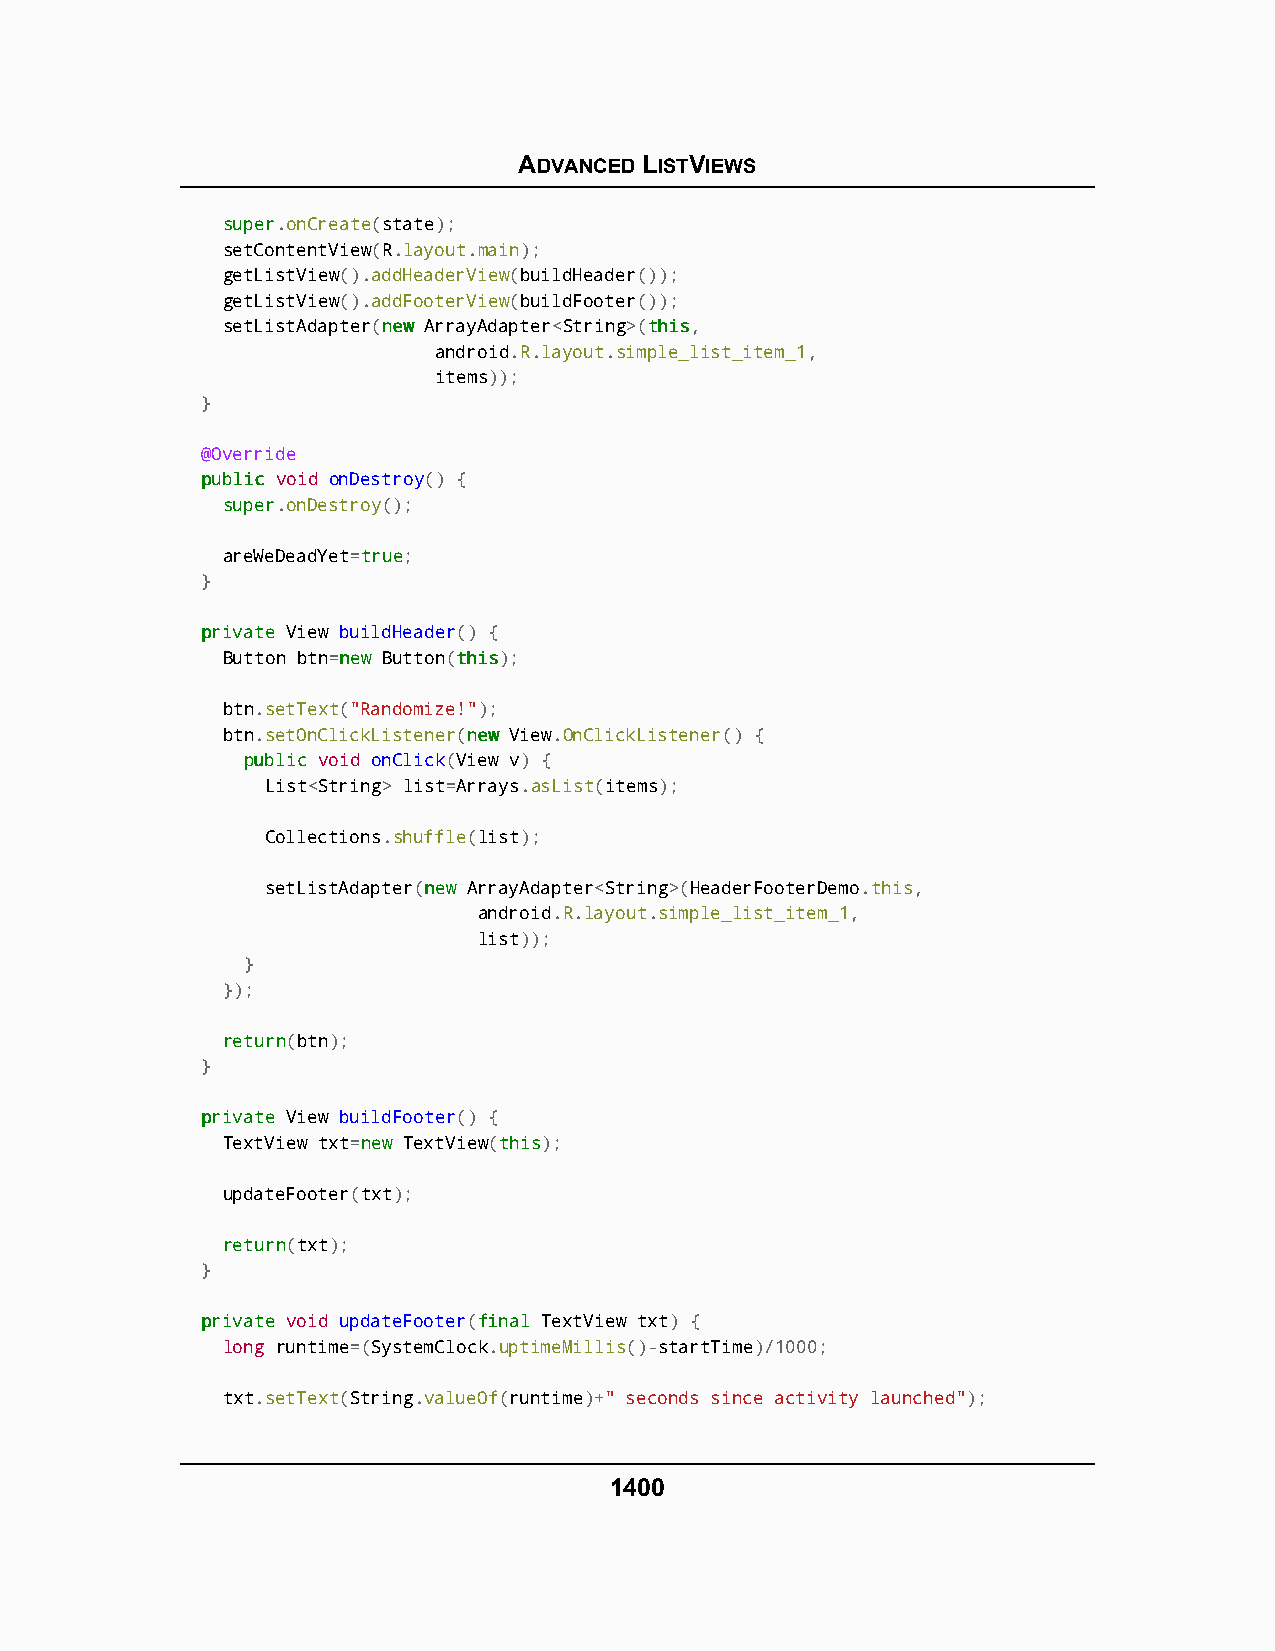
ADVANCED LISTVIEWS
 ssuuppeerr.onCreate(state);
 setContentView(R.layout.main);
 getListView().addHeaderView(buildHeader());
 getListView().addFooterView(buildFooter());
 setListAdapter(nneeww ArrayAdapter<String>(tthhiiss,
 android.R.layout.simple_list_item_1,
 items));
 }
 @Override
 ppuubblliicc void onDestroy() {
 ssuuppeerr.onDestroy();
 areWeDeadYet=ttrruuee;
 }
 pprriivvaattee View buildHeader() {
 Button btn=nneeww Button(tthhiiss);
 btn.setText("Randomize!");
 btn.setOnClickListener(nneeww View.OnClickListener() {
 ppuubblliicc void onClick(View v) {
 List<String> list=Arrays.asList(items);
 Collections.shuffle(list);
 setListAdapter(nneeww ArrayAdapter<String>(HeaderFooterDemo.this,
 android.R.layout.simple_list_item_1,
 list));
 }
 });
 rreettuurrnn(btn);
 }
 pprriivvaattee View buildFooter() {
 TextView txt=nneeww TextView(tthhiiss);
 updateFooter(txt);
 rreettuurrnn(txt);
 }
 pprriivvaattee void updateFooter(ffiinnaall TextView txt) {
 long runtime=(SystemClock.uptimeMillis()-startTime)/1000;
 txt.setText(String.valueOf(runtime)+" seconds since activity launched");
 1400